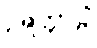
ဥရတ္တာဠိံ